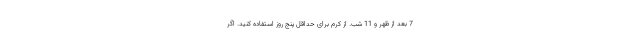
7 بعد از ظهر و 11 شب. از کرم برای حداقل پنج روز استفاده کنید. اگر